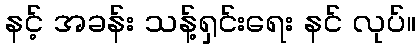
နင့် အခန်း သန့်ရှင်းရေး နင် လုပ်။